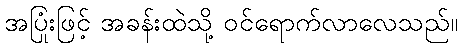
အပြုံးဖြင့် အခန်းထဲသို့ ဝင်ရောက်လာလေသည်။